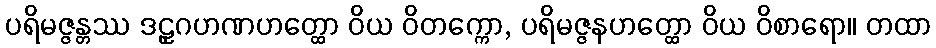
ပရိမဇ္ဇန္တဿ ဒဠှဂဟဏဟတ္ထော ဝိယ ဝိတက္ကော, ပရိမဇ္ဇနဟတ္ထော ဝိယ ဝိစာရော။ တထာ